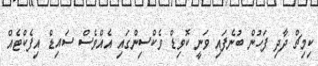
ކިމިޗް ދާދި ފަހުން ބުނެފައި ވަނީ ކޮވިޑް ވެކްސިންގައި އެއްވެސް ސައިޑް އިފެކްޓެއް